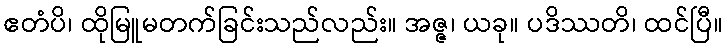
ဧတံပိ၊ ထိုမြူမတက်ခြင်းသည်လည်း။ အဇ္ဇ၊ ယခု။ ပဒိဿတိ၊ ထင်ပြီ။